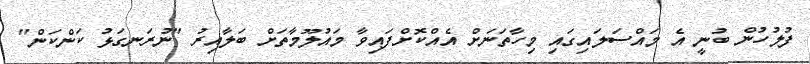
ފުލުހުން ބުނީ އެ މައްސަލައިގައި މިހާތަނަށް އެއްކޮށްފައިވާ މައުލޫމާތަށް ބަލާއިރު "ނުރަނގަޅު ކަންކަން"